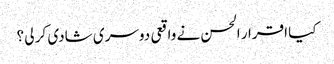
کیا اقرار الحسن نے واقعی دوسری شادی کر لی ؟